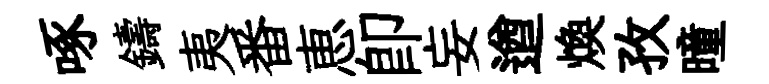
啄鑄夷番恵卽妄遒煥孜曈